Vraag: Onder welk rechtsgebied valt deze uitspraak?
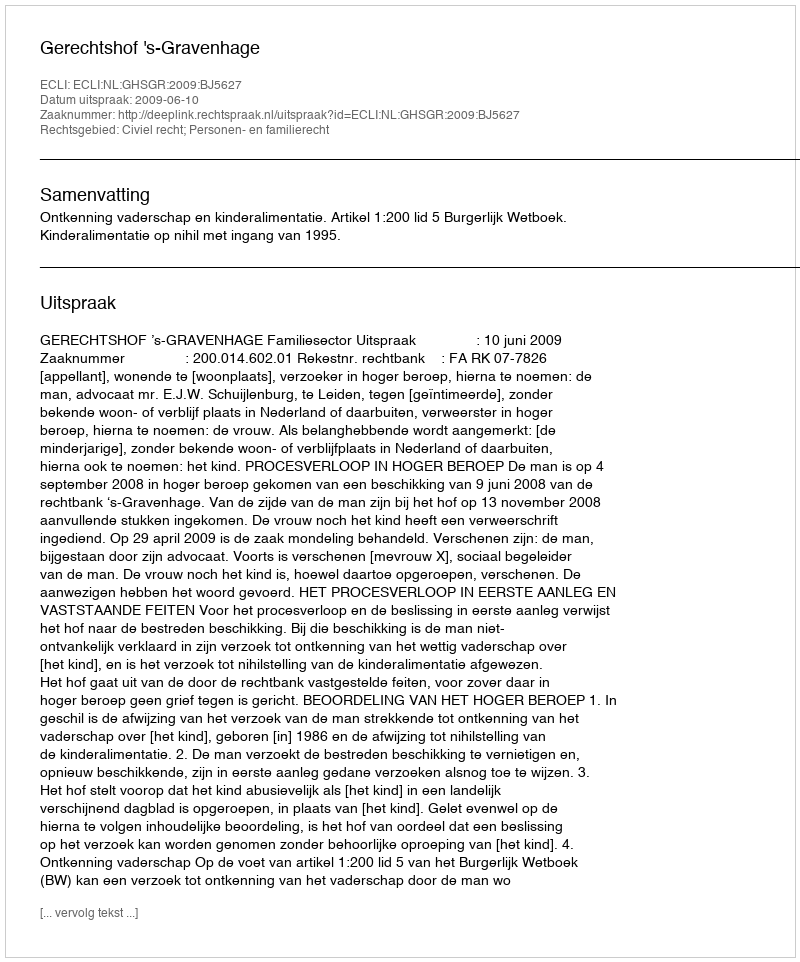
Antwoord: Civiel recht; Personen- en familierecht